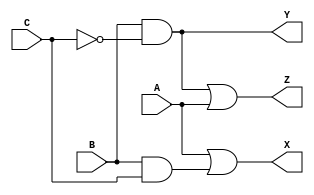
module problem1a(X, Y, Z, A, B, C);
	input A, B, C;
	output X, Y, Z;
	wire cbar, andbc;

	not invC (cbar, C);
	and and1 (andbc, B, C);
	or or1 (X, A, andbc);
	and and2 (Y, B, cbar);
	or or2 (Z, Y, A);

endmodule